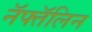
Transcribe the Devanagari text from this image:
नॅफ्तॅलिन